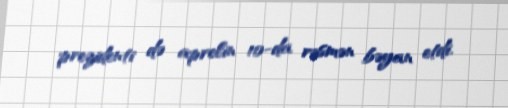
prezidenti də aprelin 10-da rəsmən bəyan etdi.